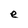
Character: e